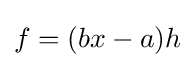
f=(bx-a)h